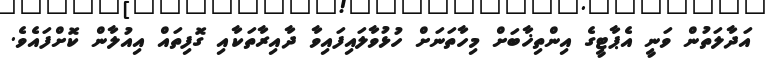
އަދާލަތުން ވަނީ އެޕާޓީގެ އިންތިޚާބަށް މިހާތަނަށް ހުޅުވާލައިފައިވާ ދާއިރާތަކާއި ގޮފިތައް އިއުލާން ކޮށްފައެވެ.